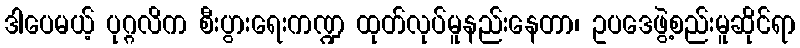
ဒါပေမယ့် ပုဂ္ဂလိက စီးပွားရေးကဏ္ဍ ထုတ်လုပ်မူနည်းနေတာ၊ ဥပဒေဖွဲ့စည်းမူဆိုင်ရာ